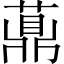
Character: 薡